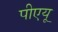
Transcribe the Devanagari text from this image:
पीएयू